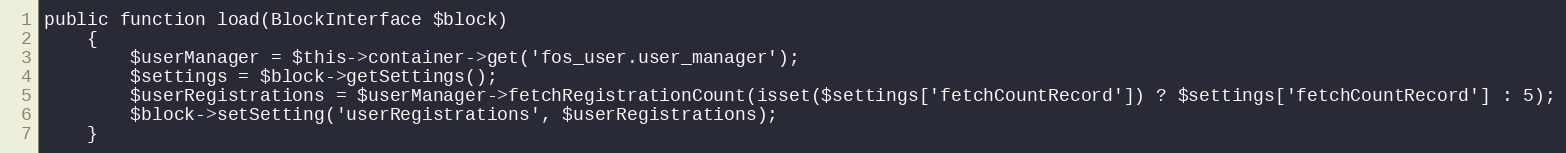
Language: PHP
public function load(BlockInterface $block)
    {
        $userManager = $this->container->get('fos_user.user_manager');
        $settings = $block->getSettings();
        $userRegistrations = $userManager->fetchRegistrationCount(isset($settings['fetchCountRecord']) ? $settings['fetchCountRecord'] : 5);
        $block->setSetting('userRegistrations', $userRegistrations);
    }